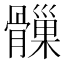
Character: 𩪑